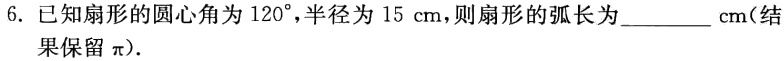
6. 已知扇形的圆心角为\(120^{\circ}\)，半径为\(15\mathrm{cm}\)，则扇形的弧长为________\(\mathrm{cm}\)(结果保留\(\pi\))．